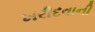
ખરીદવાની